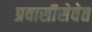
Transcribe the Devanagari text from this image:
प्रवासीसेवेत